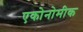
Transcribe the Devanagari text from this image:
एकोनोमीक